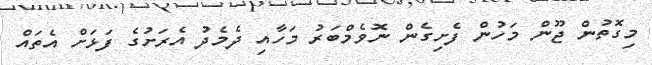
މިގޮތުން ޖޫން މަހުން ފެށިގެން ނޮވެމްބަރު މަހާއި ދެމެދު އެރަށުގެ ފަޅަށް އެތައް